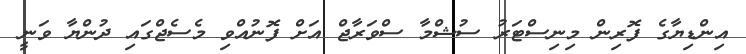
އިންޑިޔާގެ ފޮރިން މިނިސްޓަރު ސުޝްމާ ސްވަރާޖް އަށް ފޮނުއްވި މެސެޖްގައި ދުންޔާ ވަނީ